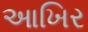
આખિર